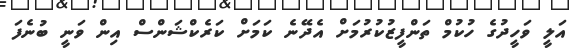
އަލީ ވަހީދުގެ ހުކުމް ތަންފީޒުކުރުމަށް އެދޭނެ ކަމަށް ކަރެކްޝަންސް އިން ވަނީ ބުނެފަ